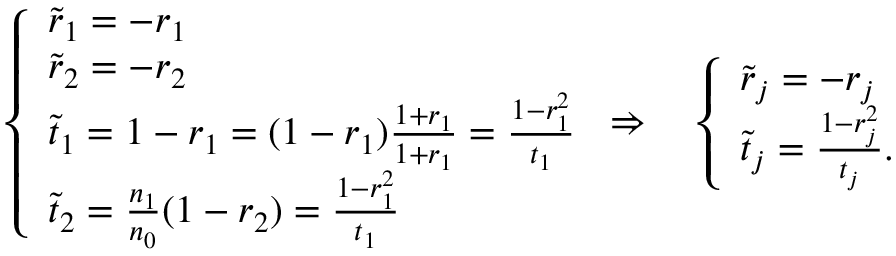
\left\{ \begin{array} { l l } { \tilde { r } _ { 1 } = - r _ { 1 } } \\ { \tilde { r } _ { 2 } = - r _ { 2 } } \\ { \tilde { t } _ { 1 } = 1 - r _ { 1 } = ( 1 - r _ { 1 } ) \frac { 1 + r _ { 1 } } { 1 + r _ { 1 } } = \frac { 1 - r _ { 1 } ^ { 2 } } { t _ { 1 } } } \\ { \tilde { t } _ { 2 } = \frac { n _ { 1 } } { n _ { 0 } } ( 1 - r _ { 2 } ) = \frac { 1 - r _ { 1 } ^ { 2 } } { t _ { 1 } } } \end{array} \right. \Rightarrow \quad \left\{ \begin{array} { l l } { \tilde { r } _ { j } = - r _ { j } } \\ { \tilde { t } _ { j } = \frac { 1 - r _ { j } ^ { 2 } } { t _ { j } } . } \end{array} \right.